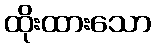
ထိုးထားသော